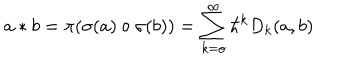
a \ast b = \pi ( \sigma ( a ) \circ \sigma ( b ) ) = \sum _ { k = o } ^ { \infty } \hbar ^ { k } D _ { k } ( a , b ) \,